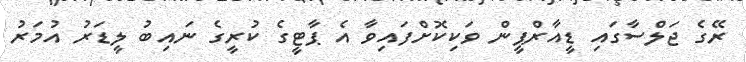
ރޭގެ ޖަލްސާގައި ޑީއާރްޕީން ވަކިކޮށްފައިވާ އެ ޕާޓީގެ ކުރީގެ ނައިބު ލީޑަރު އުމަރު